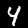
Label: 4